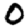
Digit: 0